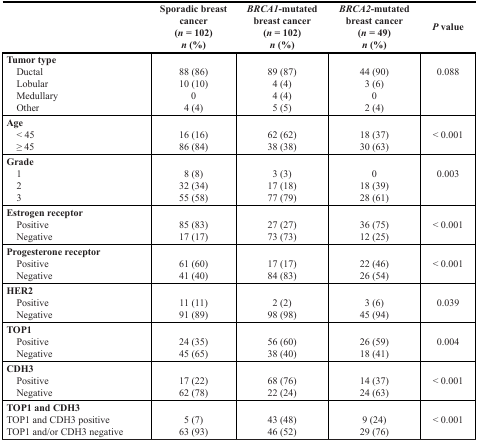
<table><thead><tr><td></td><td><b>Sporadic breast cancer (<i>n</i> = 102) <i>n</i> (%)</b></td><td><b><i>BRCA1</i>-mutated breast cancer (<i>n</i> = 102) <i>n</i> (%)</b></td><td><b><i>BRCA2</i>-mutated breast cancer (<i>n</i> = 49) <i>n</i> (%)</b></td><td><b><i>P</i> value</b></td></tr></thead><tbody><tr><td><b>Tumor type</b></td><td></td><td></td><td></td><td></td></tr><tr><td> Ductal</td><td>88 (86)</td><td>89 (87)</td><td>44 (90)</td><td>0.088</td></tr><tr><td> Lobular</td><td>10 (10)</td><td>4 (4)</td><td>3 (6)</td><td></td></tr><tr><td> Medullary</td><td>0</td><td>4 (4)</td><td>0</td><td></td></tr><tr><td> Other</td><td>4 (4)</td><td>5 (5)</td><td>2 (4)</td><td></td></tr><tr><td><b>Age</b></td><td></td><td></td><td></td><td></td></tr><tr><td> &lt; 45</td><td>16 (16)</td><td>62 (62)</td><td>18 (37)</td><td>&lt; 0.001</td></tr><tr><td> ≥ 45</td><td>86 (84)</td><td>38 (38)</td><td>30 (63)</td><td></td></tr><tr><td><b>Grade</b></td><td></td><td></td><td></td><td></td></tr><tr><td> 1</td><td>8 (8)</td><td>3 (3)</td><td>0</td><td>0.003</td></tr><tr><td> 2</td><td>32 (34)</td><td>17 (18)</td><td>18 (39)</td><td></td></tr><tr><td> 3</td><td>55 (58)</td><td>77 (79)</td><td>28 (61)</td><td></td></tr><tr><td><b>Estrogen receptor</b></td><td></td><td></td><td></td><td></td></tr><tr><td> Positive</td><td>85 (83)</td><td>27 (27)</td><td>36 (75)</td><td>&lt; 0.001</td></tr><tr><td> Negative</td><td>17 (17)</td><td>73 (73)</td><td>12 (25)</td><td></td></tr><tr><td><b>Progesterone receptor</b></td><td></td><td></td><td></td><td></td></tr><tr><td> Positive</td><td>61 (60)</td><td>17 (17)</td><td>22 (46)</td><td>&lt; 0.001</td></tr><tr><td> Negative</td><td>41 (40)</td><td>84 (83)</td><td>26 (54)</td><td></td></tr><tr><td><b>HER2</b></td><td></td><td></td><td></td><td></td></tr><tr><td> Positive</td><td>11 (11)</td><td>2 (2)</td><td>3 (6)</td><td>0.039</td></tr><tr><td> Negative</td><td>91 (89)</td><td>98 (98)</td><td>45 (94)</td><td></td></tr><tr><td><b>TOP1</b></td><td></td><td></td><td></td><td></td></tr><tr><td> Positive</td><td>24 (35)</td><td>56 (60)</td><td>26 (59)</td><td>0.004</td></tr><tr><td> Negative</td><td>45 (65)</td><td>38 (40)</td><td>18 (41)</td><td></td></tr><tr><td><b>CDH3</b></td><td></td><td></td><td></td><td></td></tr><tr><td> Positive</td><td>17 (22)</td><td>68 (76)</td><td>14 (37)</td><td>&lt; 0.001</td></tr><tr><td> Negative</td><td>62 (78)</td><td>22 (24)</td><td>24 (63)</td><td></td></tr><tr><td><b>TOP1 and CDH3</b></td><td></td><td></td><td></td><td></td></tr><tr><td> TOP1 and CDH3 positive</td><td>5 (7)</td><td>43 (48)</td><td>9 (24)</td><td>&lt; 0.001</td></tr><tr><td> TOP1 and/or CDH3 negative</td><td>63 (93)</td><td>46 (52)</td><td>29 (76)</td><td></td></tr></tbody></table>